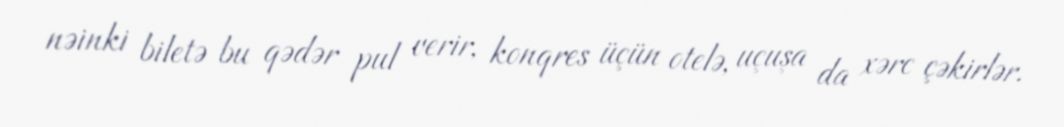
nəinki biletə bu qədər pul verir, konqres üçün otelə, uçuşa da xərc çəkirlər.